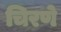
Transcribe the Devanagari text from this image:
चिरणे